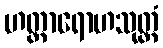
ဟတ္ထာရောဟသုတ္တံ